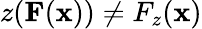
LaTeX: z(\mathbf{F}(\mathbf{x}))\neq F_{z}(\mathbf{x})